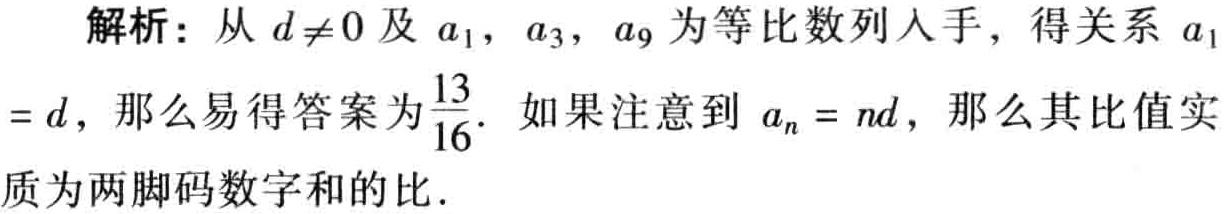
解析：从 \(d\neq0\) 及 \(a_1\)，\(a_3\)，\(a_9\) 为等比数列入手，得关系 \(a_1\)
\(=d\)，那么易得答案为 \(\frac{13}{16}\). 如果注意到 \(a_n = nd\)，那么其比值实
质为两码数字和的比.